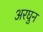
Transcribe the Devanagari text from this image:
अरघुन